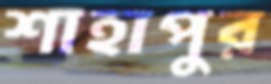
শাহাপুর